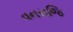
વનરાજિ